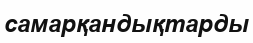
самарқандықтарды